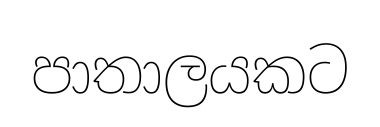
පාතාලයකට